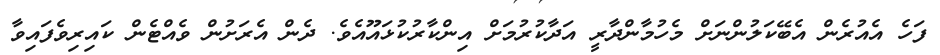
ފަހެ އެއުރެން އެބޭކަލުންނަށް މެހުމާންދާރީ އަދާކުރުމަށް އިންކާރުކުޅައޫއެވެ. ދެން އެރަށުން ވެއްޓެން ކައިރިވެފައިވާ